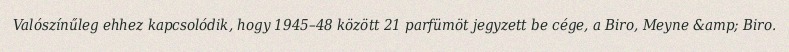
Valószínűleg ehhez kapcsolódik, hogy 1945–48 között 21 parfümöt jegyzett be cége, a Biro, Meyne &amp; Biro.